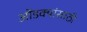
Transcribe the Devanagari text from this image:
ओंडक्यांसाठी